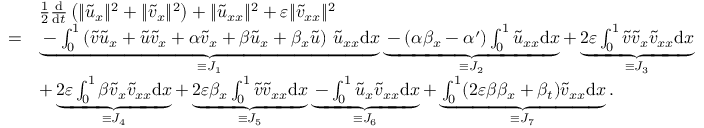
\begin{array} { r l } & { \frac 1 2 \frac { \mathrm { d } } { \mathrm { d } t } \left( \| \tilde { u } _ { x } \| ^ { 2 } + \| \tilde { v } _ { x } \| ^ { 2 } \right) + \| \tilde { u } _ { x x } \| ^ { 2 } + \varepsilon \| \tilde { v } _ { x x } \| ^ { 2 } } \\ { = } & { \underbrace { - \int _ { 0 } ^ { 1 } \left( \tilde { v } \tilde { u } _ { x } + \tilde { u } \tilde { v } _ { x } + \alpha \tilde { v } _ { x } + \beta \tilde { u } _ { x } + \beta _ { x } \tilde { u } \right) \, \tilde { u } _ { x x } \mathrm { d } x } _ { \equiv J _ { 1 } } \underbrace { - ( \alpha \beta _ { x } - \alpha ^ { \prime } ) \int _ { 0 } ^ { 1 } \tilde { u } _ { x x } \mathrm { d } x } _ { \equiv J _ { 2 } } + \underbrace { 2 \varepsilon \int _ { 0 } ^ { 1 } \tilde { v } \tilde { v } _ { x } \tilde { v } _ { x x } \mathrm { d } x } _ { \equiv J _ { 3 } } } \\ & { + \underbrace { 2 \varepsilon \int _ { 0 } ^ { 1 } \beta \tilde { v } _ { x } \tilde { v } _ { x x } \mathrm { d } x } _ { \equiv J _ { 4 } } + \underbrace { 2 \varepsilon \beta _ { x } \int _ { 0 } ^ { 1 } \tilde { v } \tilde { v } _ { x x } \mathrm { d } x } _ { \equiv J _ { 5 } } \underbrace { - \int _ { 0 } ^ { 1 } \tilde { u } _ { x } \tilde { v } _ { x x } \mathrm { d } x } _ { \equiv J _ { 6 } } + \underbrace { \int _ { 0 } ^ { 1 } ( 2 \varepsilon \beta \beta _ { x } + \beta _ { t } ) \tilde { v } _ { x x } \mathrm { d } x } _ { \equiv J _ { 7 } } . } \end{array}